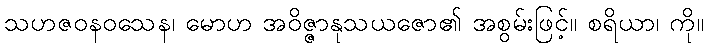
သဟဇဝနဝသေန၊ မောဟ အဝိဇ္ဇာနုသယဇော၏ အစွမ်းဖြင့်။ စရိယာ၊ ကို။